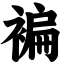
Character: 褊